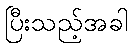
ပြီးသည့်အခါ